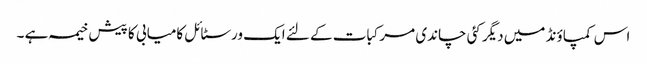
اس کمپاؤنڈ میں دیگر کئی چاندی مرکبات کے لئے ایک ورسٹائل کامیابی کا پیش خیمہ ہے ۔